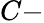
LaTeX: C-